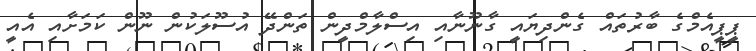
ޕީޕީއެމްގެ ބާރުތައް ގެންދިޔައީ ގާނޫނާއި އިސްލާމްދީން ތަންދޭ އުސޫލަކުން ނޫން ކަމަށާއި އެއީ